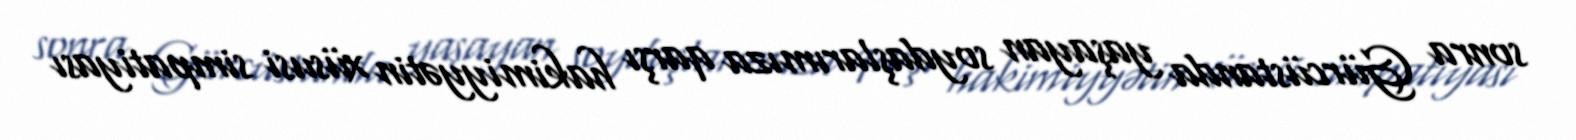
sonra Gürcüstanda yaşayan soydaşlarımıza qarşı hakimiyyətin xüsusi simpatiyası